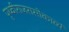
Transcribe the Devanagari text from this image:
पृथ्वीराजरासोकाव्यं